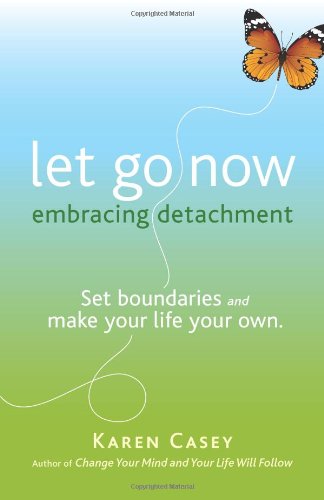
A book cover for Let Go Now: Embracing Detachment; Karen Casey; Self-Help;